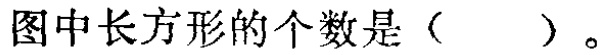
图中长方形的个数是（  ）。